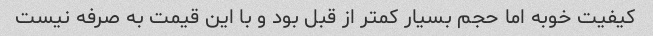
کیفیت خوبه اما حجم بسیار کمتر از قبل بود و با این قیمت به صرفه نیست